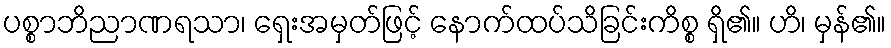
ပစ္စာဘိညာဏရသာ၊ ရှေးအမှတ်ဖြင့် နောက်ထပ်သိခြင်းကိစ္စ ရှိ၏။ ဟိ၊ မှန်၏။